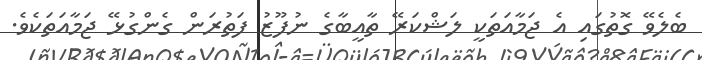
ބެލެވޭ ގޮތުގައި އެ ޖަމާއަތަކީ ލަޝްކަރޭ ތާއީބާގެ ނުފޫޒު ފަތުރަން ގެންގުޅޭ ޖަމާއަތަކެވެ.